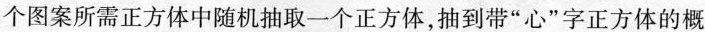
3个正方体，第(3)个图案中有6个正方体，…按照此规律，从第(100)